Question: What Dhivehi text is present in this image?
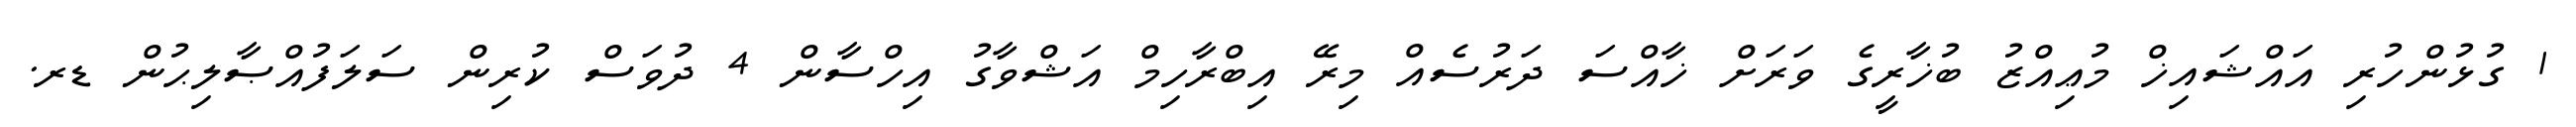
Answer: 1 ގުޅުންހުރި އައްޝައިޚް މުޢިއްޒު ބުޚާރީގެ ވަރަށް ޚާއްސަ ދަރުސެއް މިރޭ އިބްރާހިމް އަޝްވާގު އިހްސާން 4 ދުވަސް ކުރިން ސަލަފުއްޞާލިޙުން ޑރ.